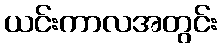
ယင်းကာလအတွင်း